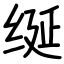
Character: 𫄧